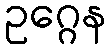
ဥဂ္ဂေန